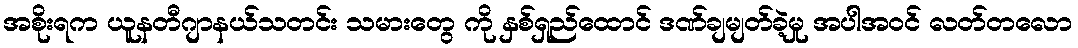
အစိုးရက ယူနတီဂျာနယ်သတင်း သမားတွေ ကို နှစ်ရှည်ထောင် ဒဏ်ချမျတ်ခဲ့မှု အပါအဝင် လတ်တလော